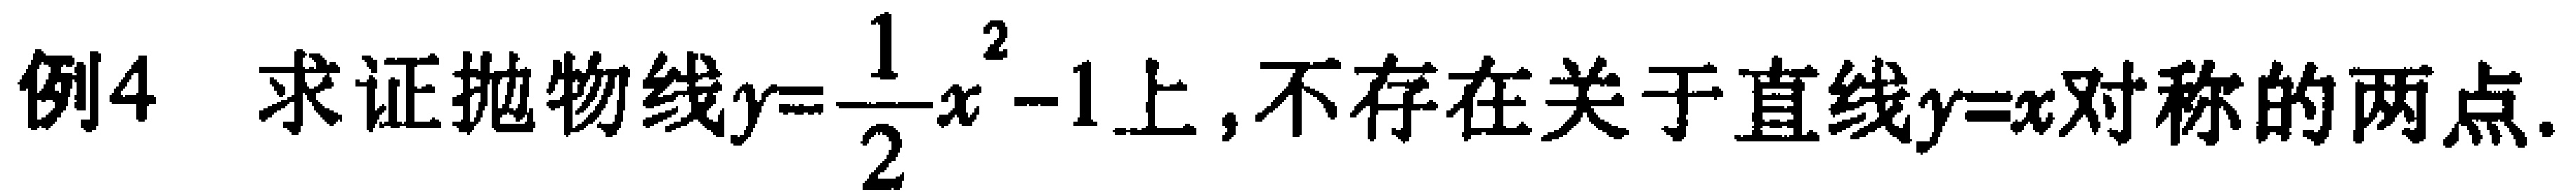
例4 求证抛物线\(y = \frac{1}{2}x^{2}-1\)上，不存在关于直线\(y = x\)对称的两点.